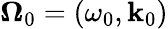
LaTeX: \boldsymbol{\Omega}_{0}=(\omega_{0},\mathbf{k}_{0})